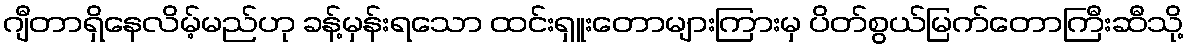
ဂျီတာရှိနေလိမ့်မည်ဟု ခန့်မှန်းရသော ထင်းရှူးတောများကြားမှ ပိတ်စွယ်မြက်တောကြီးဆီသို့